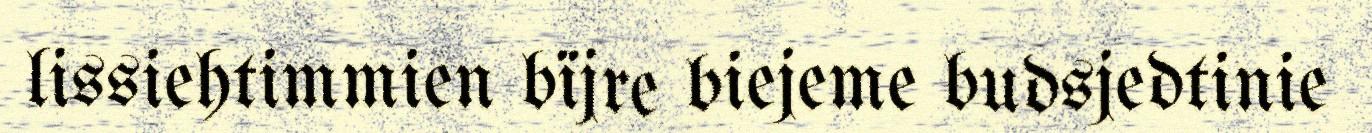
lissiehtimmien bïjre biejeme budsjedtinie